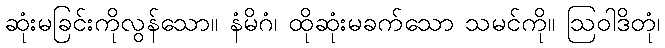
ဆုံးမခြင်းကိုလွန်သော။ နံမိဂံ၊ ထိုဆုံးမခက်သော သမင်ကို။ ဩဝါဒိတုံ၊